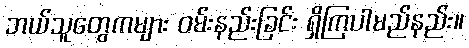
ဘယ်သူတွေကများ ဝမ်းနည်းခြင်း ရှိကြပါမည်နည်း။